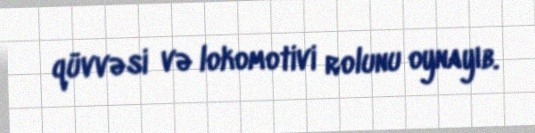
qüvvəsi və lokomotivi rolunu oynayıb.